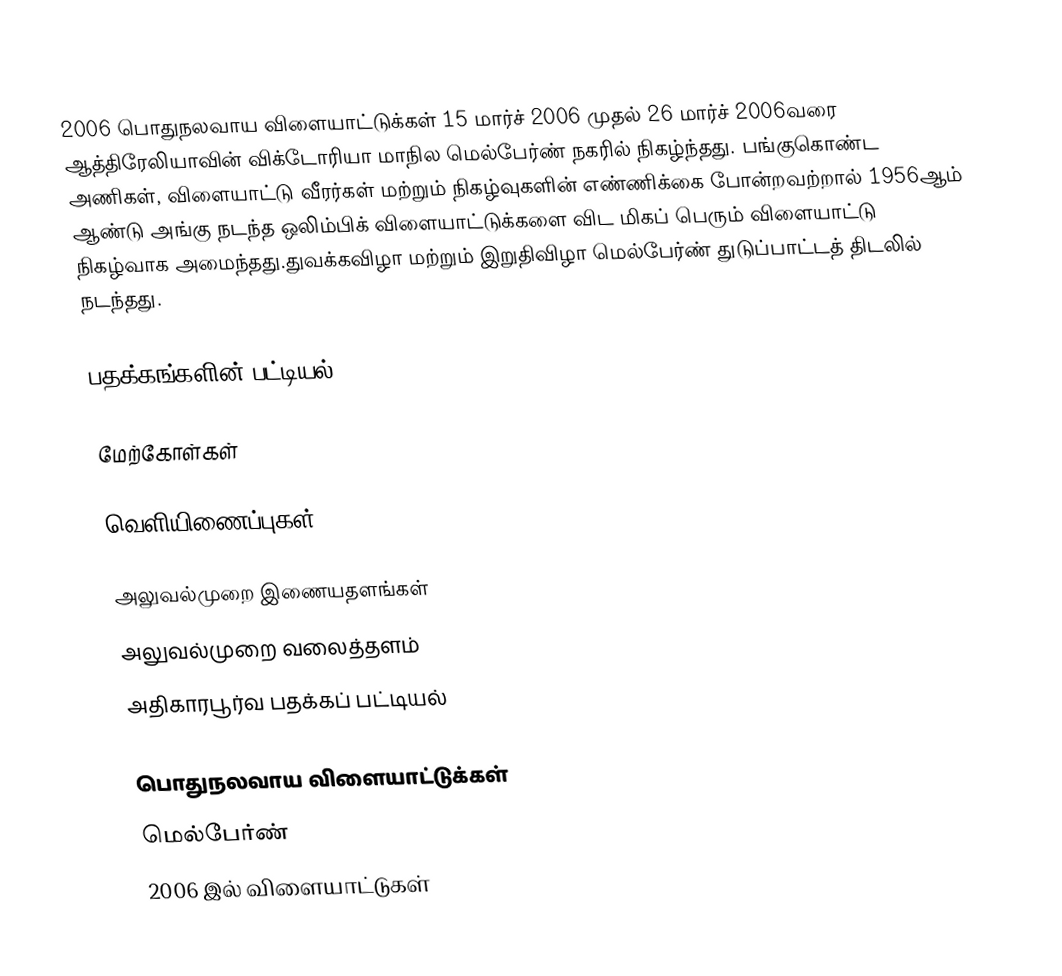
2006 பொதுநலவாய விளையாட்டுக்கள் 15 மார்ச் 2006 முதல் 26 மார்ச் 2006வரை ஆத்திரேலியாவின் விக்டோரியா மாநில மெல்பேர்ண் நகரில் நிகழ்ந்தது. பங்குகொண்ட அணிகள், விளையாட்டு வீரர்கள் மற்றும் நிகழ்வுகளின் எண்ணிக்கை போன்றவற்றால் 1956ஆம் ஆண்டு அங்கு நடந்த ஒலிம்பிக் விளையாட்டுக்களை விட  மிகப் பெரும் விளையாட்டு நிகழ்வாக அமைந்தது.துவக்கவிழா மற்றும் இறுதிவிழா மெல்பேர்ண் துடுப்பாட்டத் திடலில் நடந்தது.

பதக்கங்களின் பட்டியல்

மேற்கோள்கள்

வெளியிணைப்புகள்

 அலுவல்முறை இணையதளங்கள்
 அலுவல்முறை வலைத்தளம்
 அதிகாரபூர்வ பதக்கப் பட்டியல்

பொதுநலவாய விளையாட்டுக்கள்
மெல்பேர்ண்
2006 இல் விளையாட்டுகள்